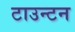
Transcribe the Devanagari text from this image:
टाउन्टन